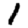
Digit: 1